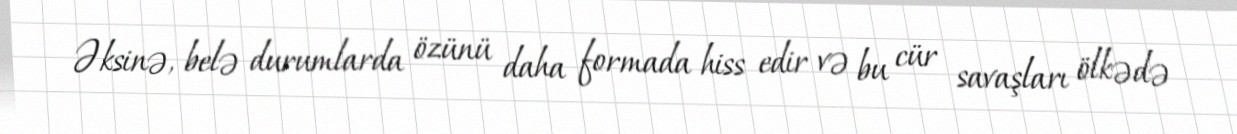
Əksinə, belə durumlarda özünü daha formada hiss edir və bu cür savaşları ölkədə